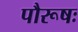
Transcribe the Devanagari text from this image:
पौरूषः